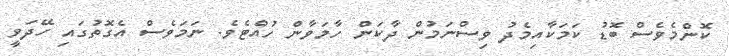
ކޮންމެވެސް ބޮޑު ކަމަކާއިމެދު ވިސްނަމުން ދާކަން ހާމަވާން ހުއްޓެވެ. ނަމަވެސް އެގޮތުގައި ހޭދަވީ